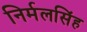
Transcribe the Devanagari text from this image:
निर्मलसिंह